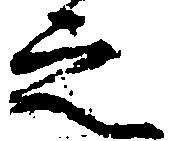
之